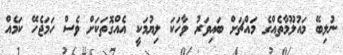
ނުލިބޭ މައުލޫމާތެއްގެ މައްޗަށް ބައިވަރު ވާހަކަ ލިޔުމަކީ އެއްގޮތަކަށް ވެސް ހަމަޖެހޭ ކަމެއް